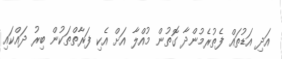
އަދި އަޑުތައް ފެތުރެމުންދާ ގޮތުން މުއްލާ އަށް އެކި ފަރާތްތަކުން ބިރު ދައްކައި